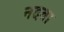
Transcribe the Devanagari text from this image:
नदवा